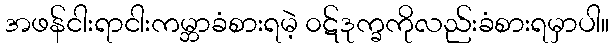
အဖန်ငါးရာငါးကမ္ဘာခံစားရမဲ့ ၀ဋ်ဒုက္ခကိုလည်းခံစားရမှာပါ။